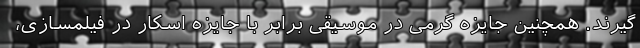
گیرند. همچنین جایزه گرمی در موسیقی برابر با جایزه اسکار در فیلمسازی،